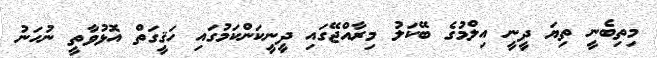
މިތިބެނީ ތިޔަ ދީނީ އިލްމުގެ ބޭކަލު މިރާއްޖޭގައި ދީނީކަންކަމުގައި ހަޤީގަތް އޮޅުވާތީ ނުހަނު